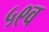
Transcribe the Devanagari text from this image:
५९व